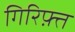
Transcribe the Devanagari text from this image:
गिरिफ़्त